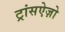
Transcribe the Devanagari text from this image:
ट्रांसऐज़ो